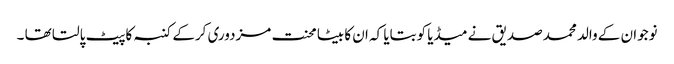
نوجوان کے والد محمدصدیق نے میڈیا کوبتایا کہ ان کا بیٹا محنت مزدوری کرکے کنبہ کاپیٹ پالتا تھا ۔